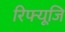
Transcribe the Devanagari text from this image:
रिफ्यूजि